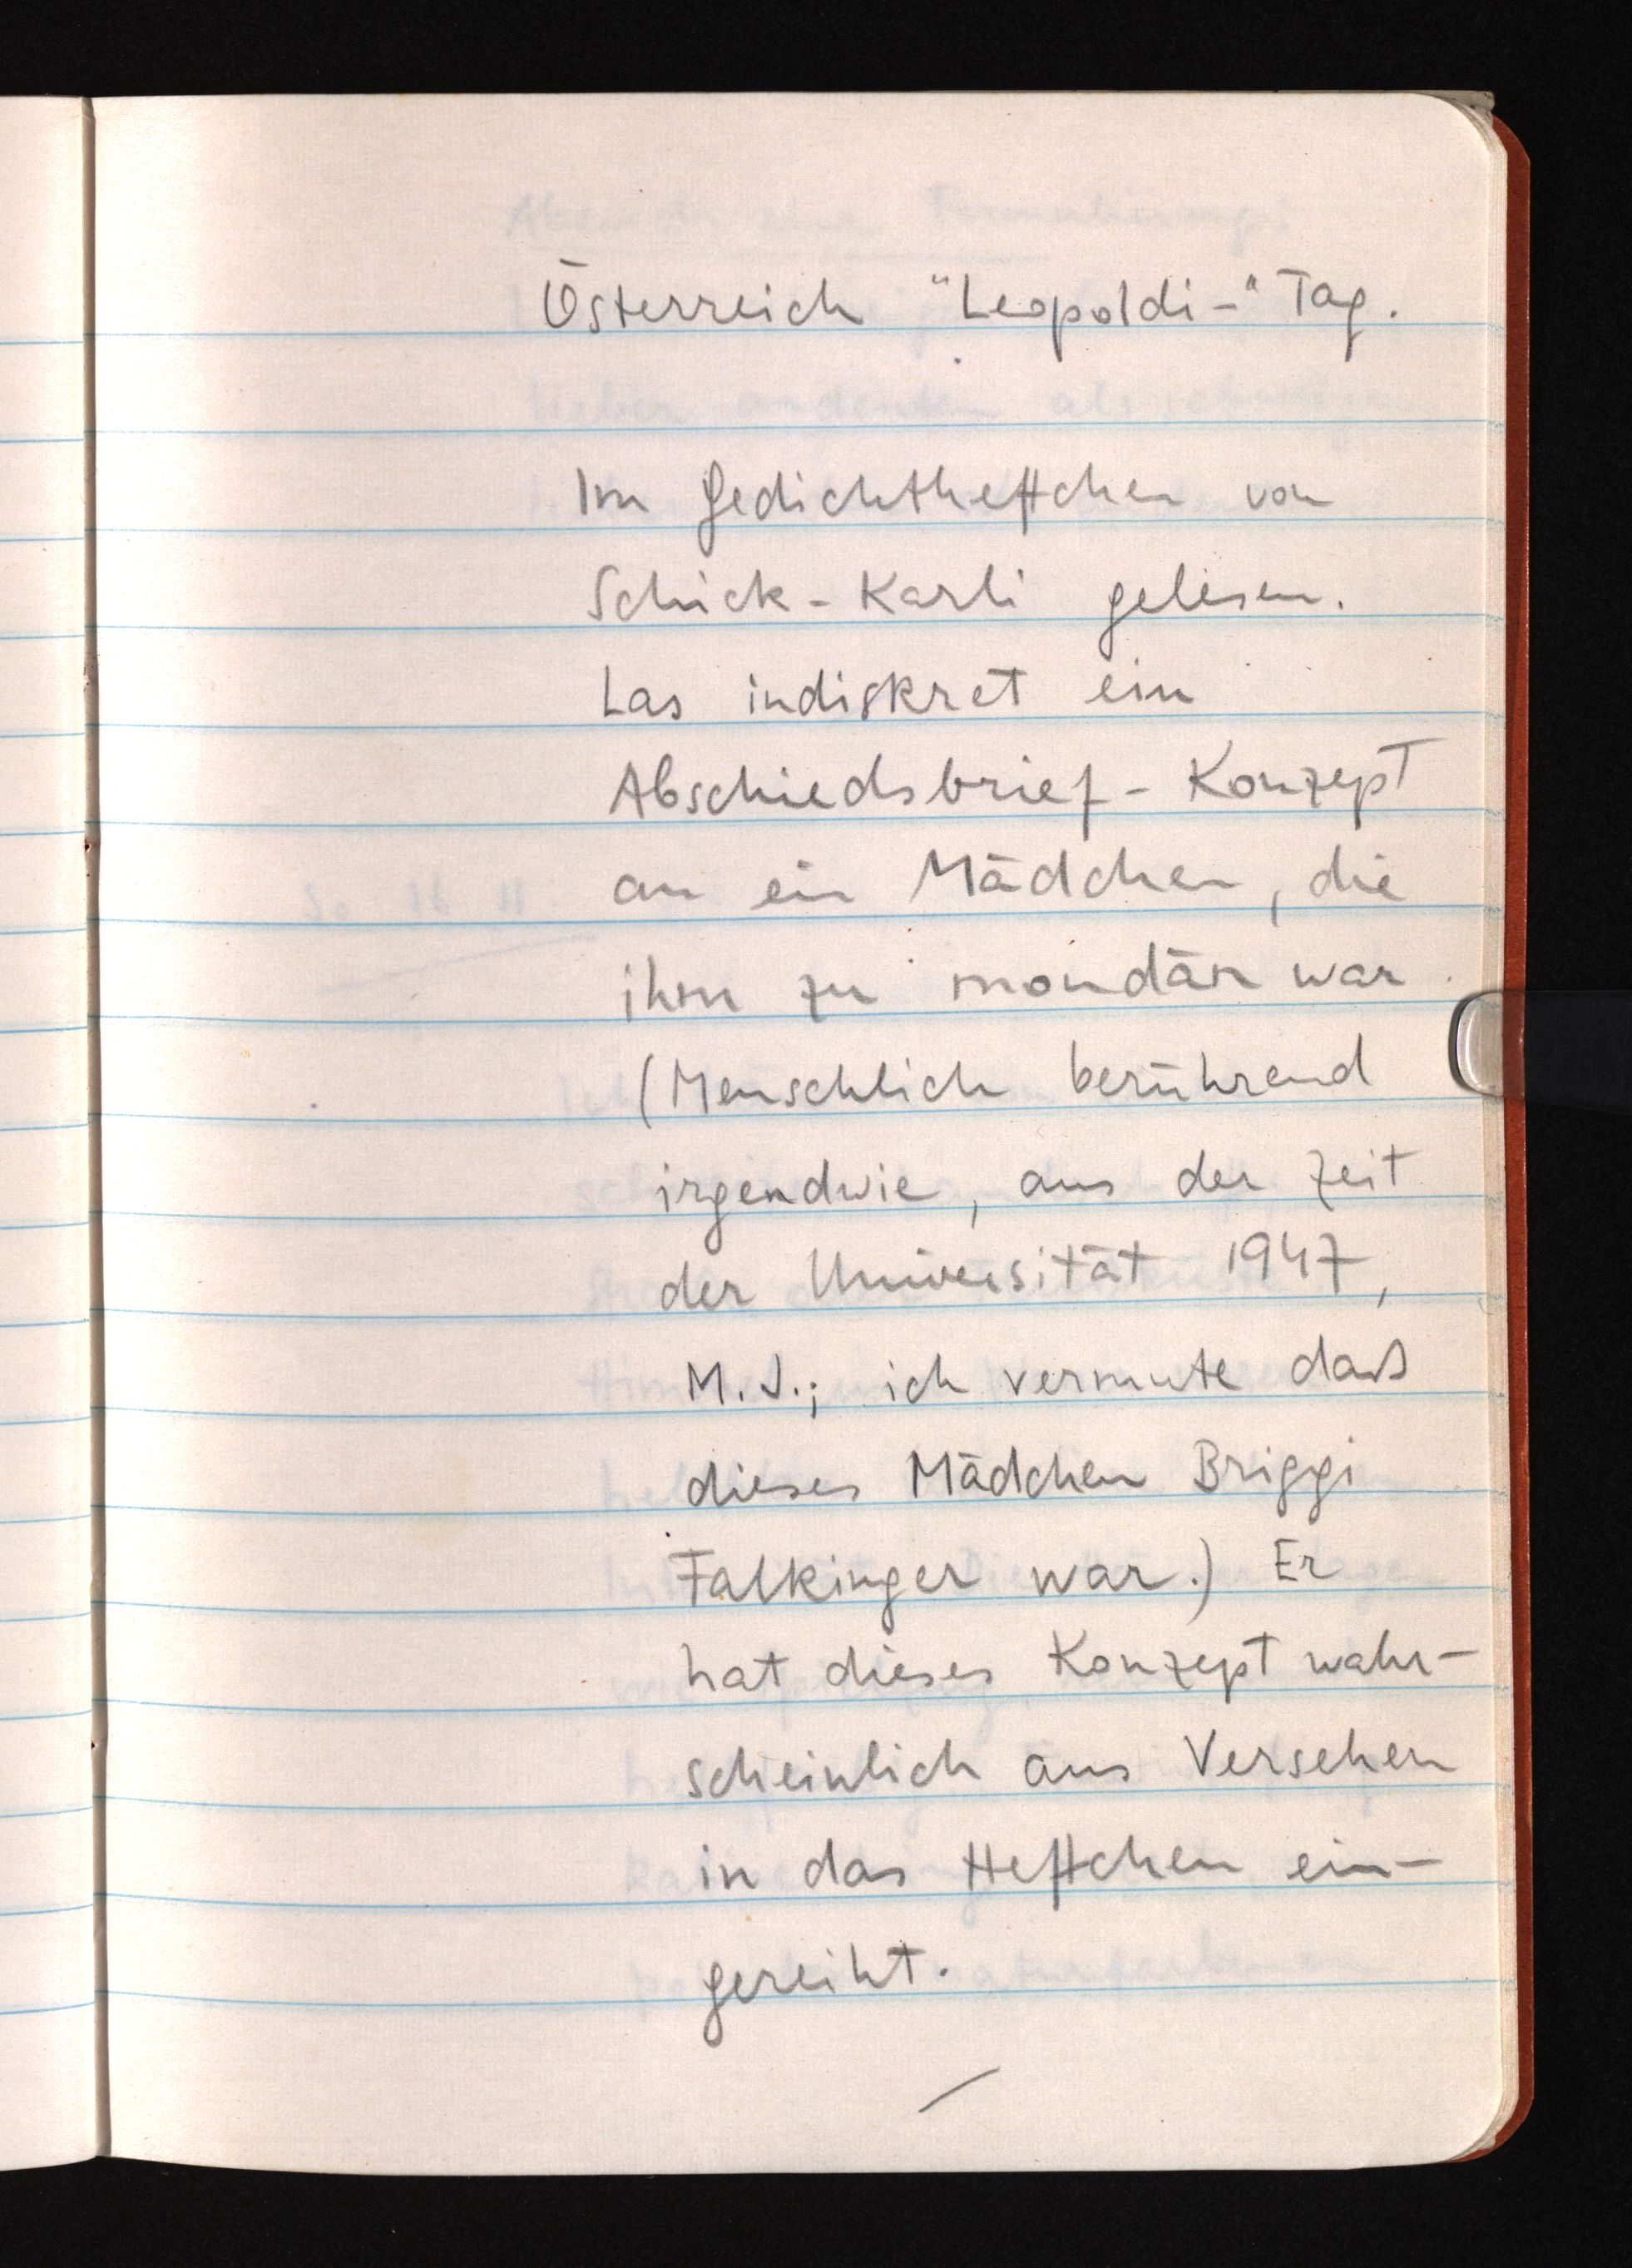
Österreich "Leopoldi-"Tag.
Im Gedichtheftchen von
Schick-Karli gelesen.
Las indiskret ein
Abschiedsbrief-Konzept
an ein Mädchen, die
ihm zu mondän war.
(Menschlich berührend
irgendwie, aus der Zeit
der Universität 1947,
M. J.; ich vermute daß
dieses Mädchen Briggi
Falkinger war.) Er
hat dieses Konzept wahr¬
scheinlich aus Versehen
in das Heftchen ein¬
gereiht.